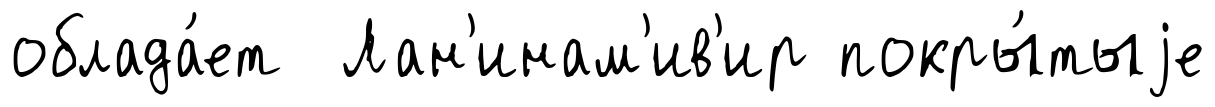
облада́ет Лан'инам'ив'ир покры́тыjе